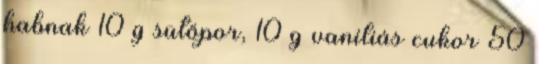
habnak 10 g sütőpor, 10 g vaníliás cukor 50